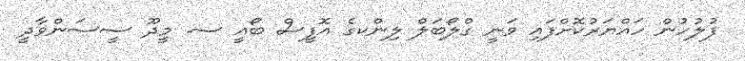
ފުލުހުން ހައްޔަރުކޮށްފައި ވަނީ ގްލޯބަލް ލިންކގެ އޮފީސް ބޯއީ ސ. މީދޫ ސީސަންވާދީ